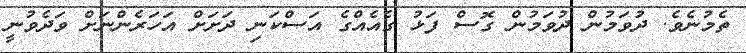
ތެމުނެވެ. ދުވަމުން ދުވަމުން ގޮސް ފަޅު ގެއެއްގެ އަސްކަނި ދަށަށް އަހަރެންނަށް ވަދެވުނީ